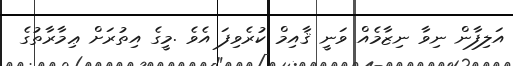
އަލިފާން ނިވާ ނިޒާމެއް ވަނީ ޤާއިމް ކުރެވިފަ އެވެ .މީގެ އިތުރަށް ޢިމާރާތުގެ